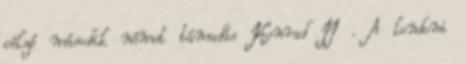
célzó második német támadás Konrad II . A londoni